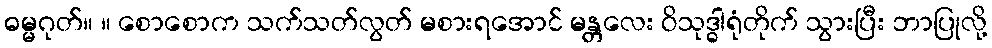
ဓမ္မဂုတ်။ ။ စောစောက သက်သတ်လွတ် မစားရအောင် မန္တလေး ဝိသုဒ္ဓါရုံတိုက် သွားပြီး ဘာပြုလို့